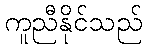
ကူညီနိုင်သည်